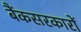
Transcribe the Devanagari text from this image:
बैंकसरकारों